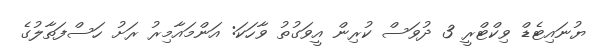
ޔުނައިޓެޑް ވިކްޓްރީ 3 ދުވަސް ކުރިން އީވަގުތު ވާހަކަ: އަންމައާމިރު ރަށު ހަސްފަތާލުގެ